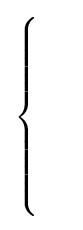
{\begin{cases}\\\\\\\\\\\end{cases}}